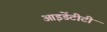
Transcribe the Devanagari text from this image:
आइडेंटीटी